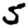
Digit: 5